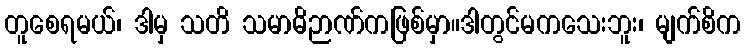
တူစေရမယ်၊ ဒါမှ သတိ သမာဓိဉာဏ်ကဖြစ်မှာ။ဒါတွင်မကသေးဘူး၊ မျက်စိက